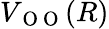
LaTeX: V_{\mathrm{~O~O~}}(R)